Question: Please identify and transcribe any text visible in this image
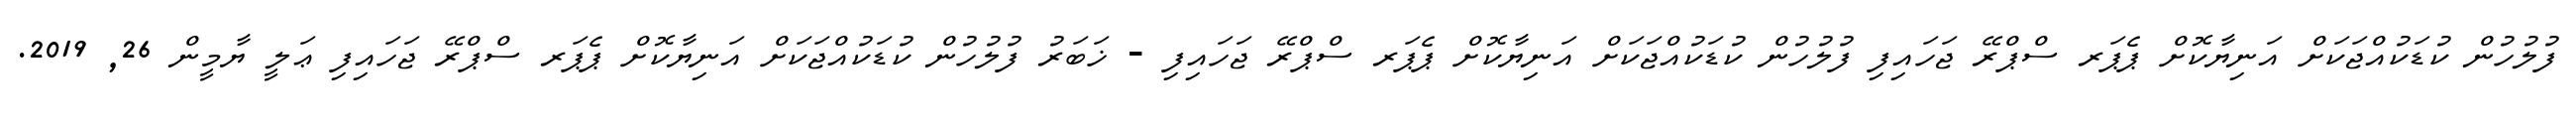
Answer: ފުލުހުން ކުޑަކުއްޖަކަށް އަނިޔާކޮށް ޕެޕަރ ސްޕްރޭ ޖަހައިފި ފުލުހުން ކުޑަކުއްޖަކަށް އަނިޔާކޮށް ޕެޕަރ ސްޕްރޭ ޖަހައިފި - ޚަބަރު ފުލުހުން ކުޑަކުއްޖަކަށް އަނިޔާކޮށް ޕެޕަރ ސްޕްރޭ ޖަހައިފި ޢަލީ ޔާމީން 26, 2019.